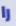
را